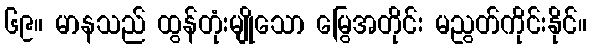
၆၉။ မာနသည် ထွန်တုံးမျိုသော မြွေအတိုင်း မညွတ်ကိုင်းနိုင်။